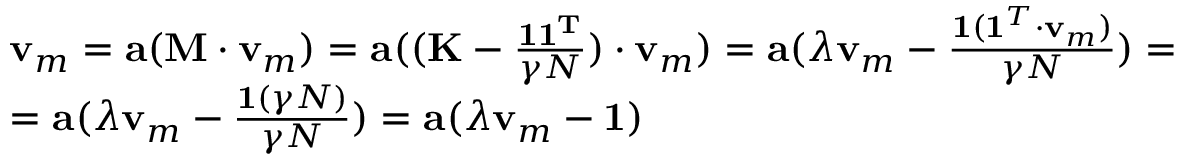
\begin{array} { r l } & { \mathbf { v } _ { m } = \mathbf { a } ( \mathbf { M } \cdot \mathbf { v } _ { m } ) = \mathbf { a } ( ( \mathbf { K } - \frac { \mathbf { 1 1 ^ { T } } } { \gamma N } ) \cdot \mathbf { v } _ { m } ) = \mathbf { a } ( \lambda \mathbf { v } _ { m } - \frac { \mathbf { 1 } ( \mathbf { 1 } ^ { T } \cdot \mathbf { v } _ { m } ) } { \gamma N } ) = } \\ & { = \mathbf { a } ( \lambda \mathbf { v } _ { m } - \frac { \mathbf { 1 } ( \gamma N ) } { \gamma N } ) = \mathbf { a } ( \lambda \mathbf { v } _ { m } - \mathbf { 1 } ) } \end{array}